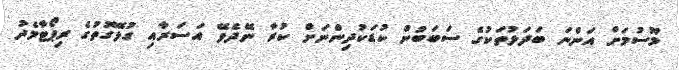
މޫސުމަށް އަންނަ ބަދަލުތަކުގެ ސަބަބުން ކުޑަކުދިންނަށް ކުރާ ނޭދެވޭ އަސަރާއި ގުޅޭގޮތުގެ ރިޕޯޓާމެދު